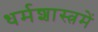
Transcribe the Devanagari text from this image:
धर्मशास्त्रमें